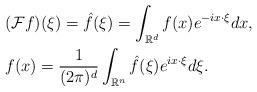
LaTeX: \begin{align*} & (\mathcal F f)(\xi)=\hat f (\xi) = \int_{\mathbb R^d} f(x) e^{-i x\cdot \xi} dx, \\ &f(x) = \frac 1 {(2\pi)^d} \int_{\mathbb R^n} \hat f(\xi) e^{i x \cdot \xi} d\xi.\end{align*}